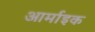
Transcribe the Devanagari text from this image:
आर्माइक